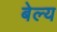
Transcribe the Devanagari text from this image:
बेल्य